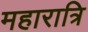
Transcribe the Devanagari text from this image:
महारात्रि